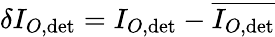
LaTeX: \delta I_{O,\mathrm{det}}=I_{O,\mathrm{det}}-\overline{{I_{O,\mathrm{det}}}}